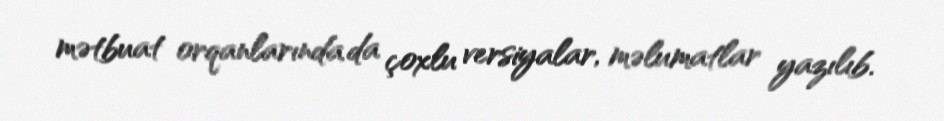
mətbuat orqanlarında da çoxlu versiyalar, məlumatlar yazılıb.